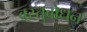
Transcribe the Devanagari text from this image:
वस्तुबोधन